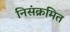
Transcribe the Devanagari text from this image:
निसंक्रमित